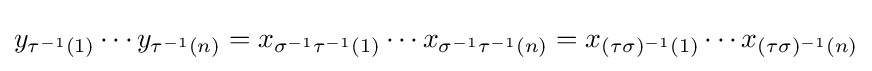
y_{\tau ^{-1}(1)}\cdots y_{\tau ^{-1}(n)}=x_{\sigma ^{-1}\tau ^{-1}(1)}\cdots x_{\sigma ^{-1}\tau ^{-1}(n)}=x_{(\tau \sigma )^{-1}(1)}\cdots x_{(\tau \sigma )^{-1}(n)}